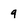
Character: 9